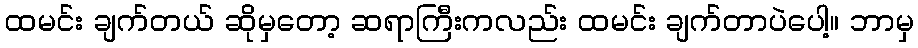
ထမင်း ချက်တယ် ဆိုမှတော့ ဆရာကြီးကလည်း ထမင်း ချက်တာပဲပေါ့။ ဘာမှ